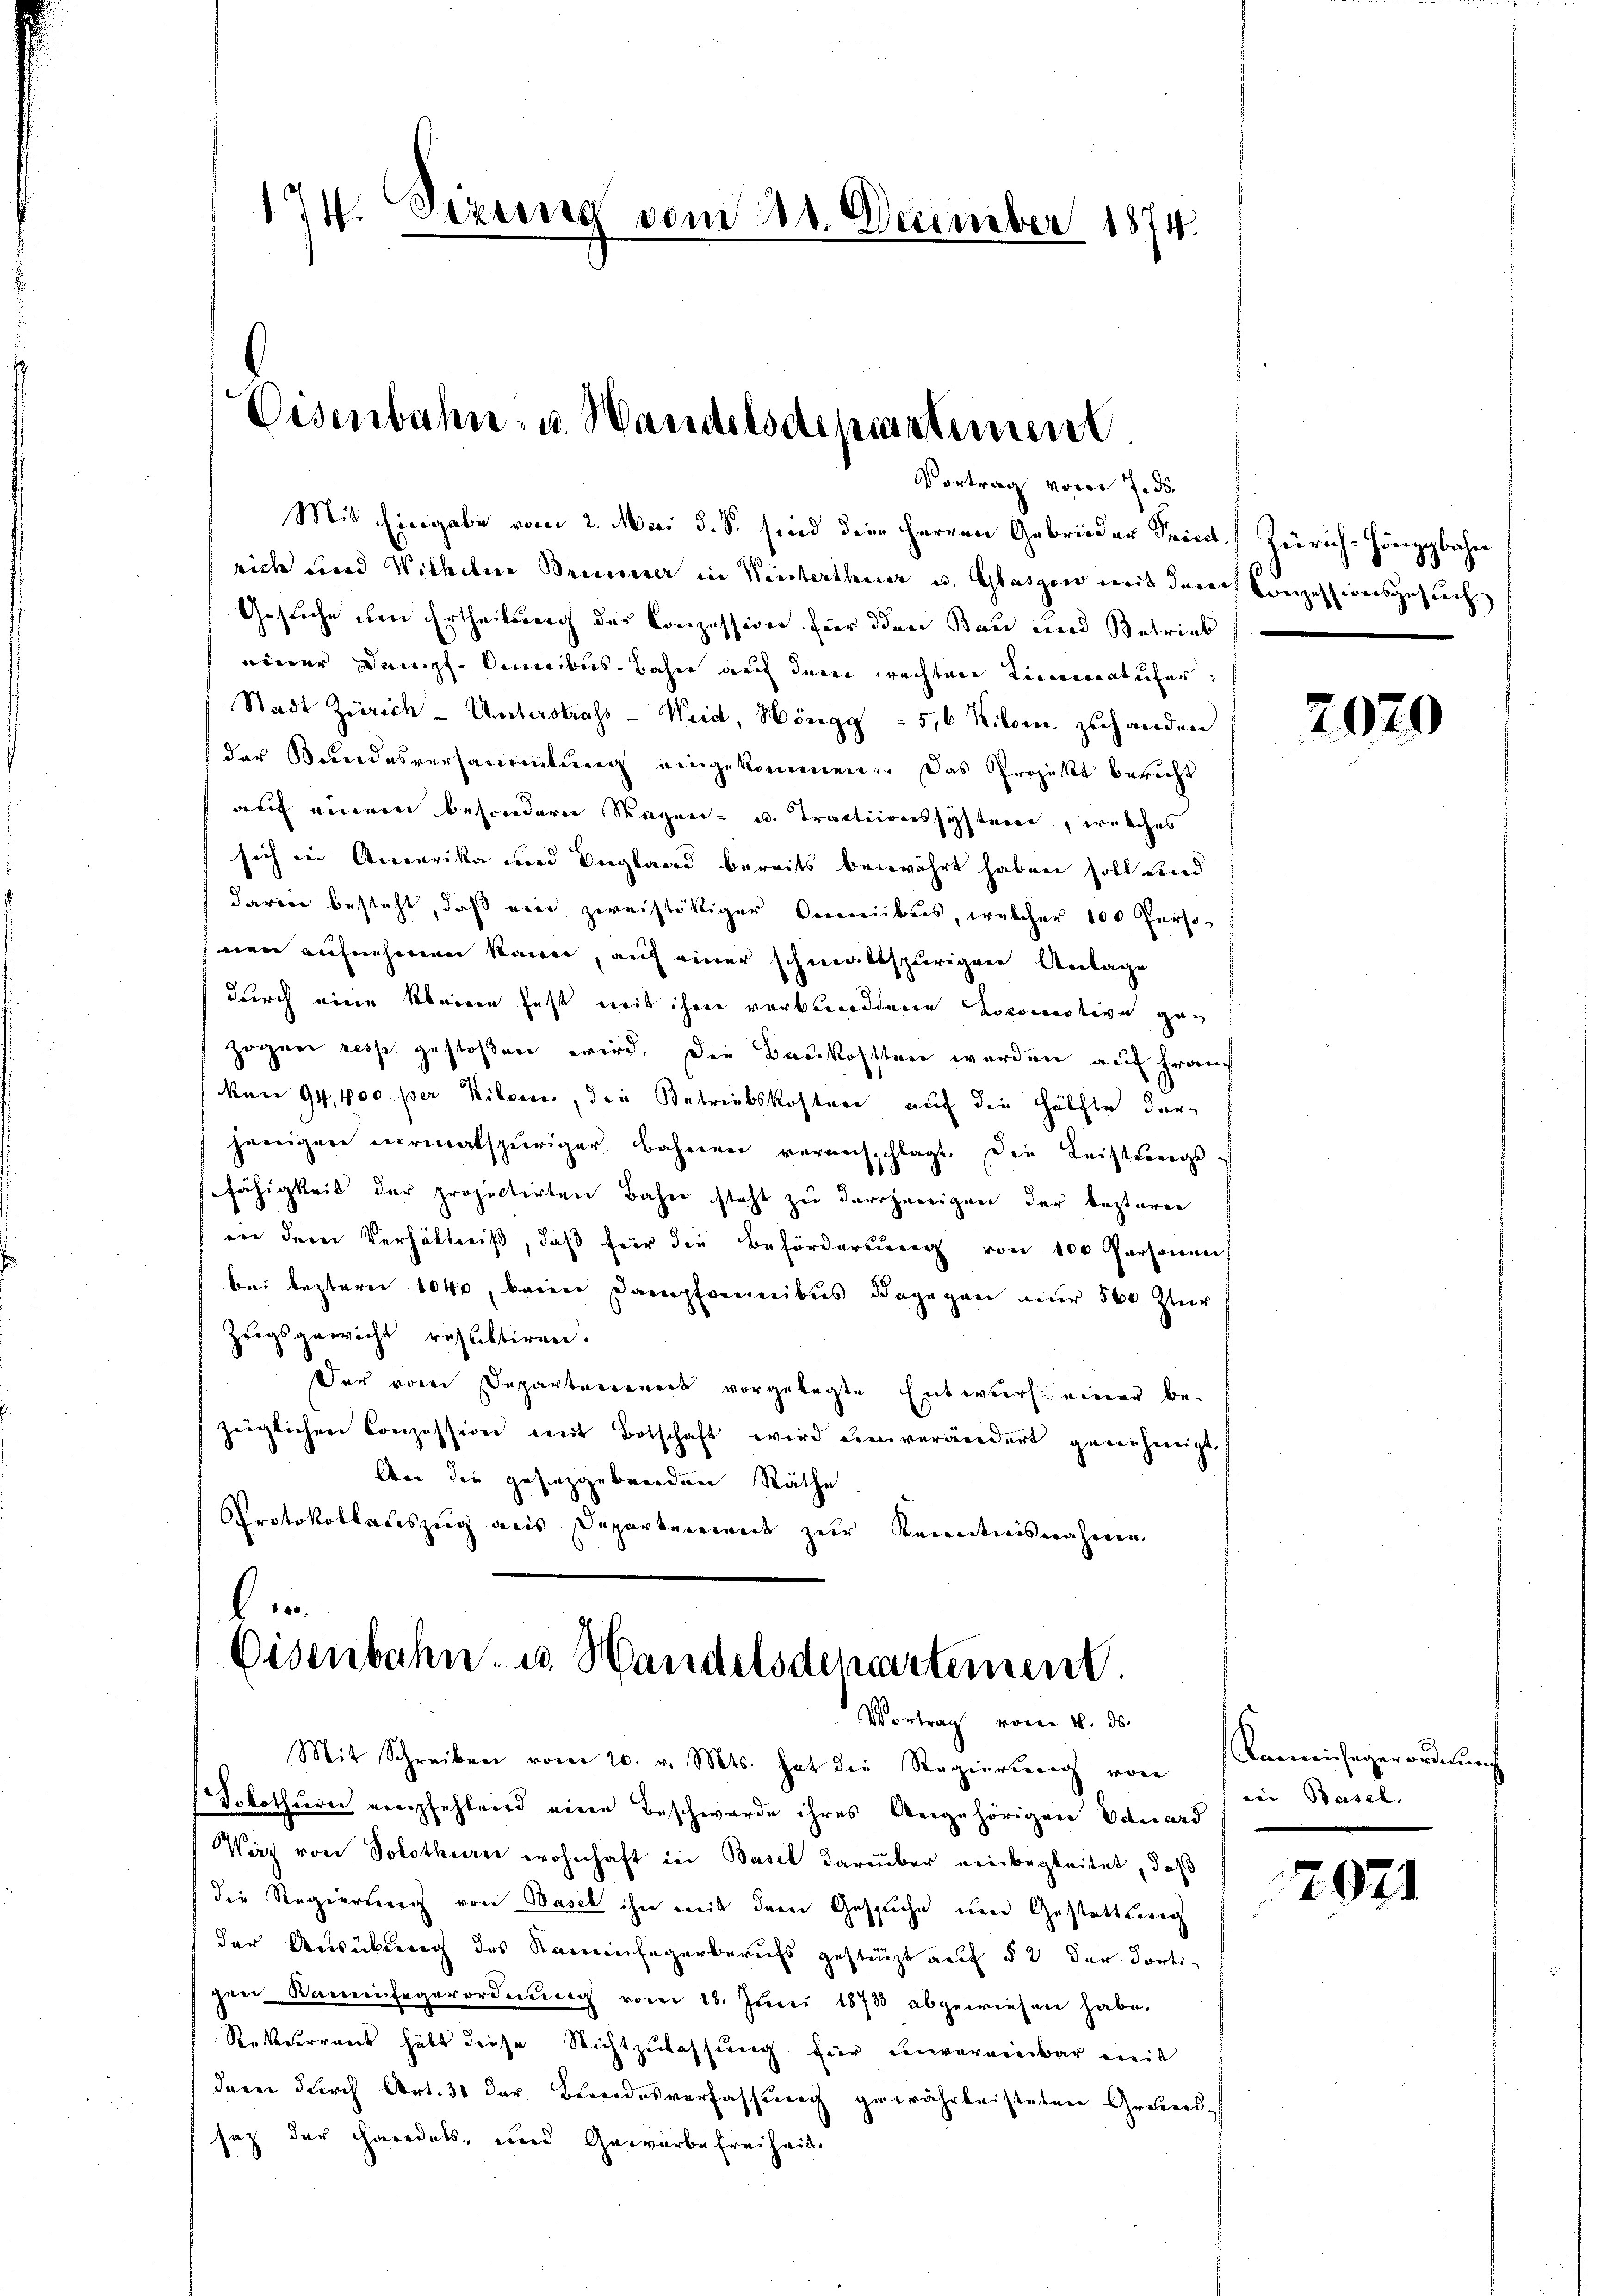
174. Sitzung vom 21. December 1874.

Eisenbahn- u. Wandelsdepartemen

Vortrag vom 7. ds.
Mit Eingabe vom 2. Mai d. S. sind die Herren Gebrieder Priest. Zürich-Hönigbahn
rich und Wilhelm Brunerer in Weistertheier u. Glasgon mit darauf Conzessionsgesuch
Gesuche den Ertheilsweg der Conzession für den Bau und Betrieb
einer Dampf. Omnibus Bahn auf dem rechten Limmatufer.
Stadt Zürich-Unterstrafs-Weid, Höngg 5,6 Kilom zuhanden
der Bundesversammlung eingekommen. Das Projekt bericht
auf einem besondern Wagen- u. Tractionssystemen, welches
sich in Amerika und Vergland bereits bewährt haben soll und
darin besteht, daß ein zweiftöckiger Vermiibus, welcher 100 Perso-
nen aufnehmen kann, auf einer schmaltspurigen Anlage
durch eine kleinen fast mit ihme verbrandienen Lokomotive gan
zogen resp. gestoßen wird. Die Baukosten werden auf Frauch
Man 94,400 per Kilom, den Betriebskosten auf die Hälfte der
jenigen vormalspuriger Bahnen veransschlagt. Die Leistŭngs-
fähigkeit der projectirten Bahn steht zu derjenigen der besterer
an dem Verhältniß, daβ für die Beförderŭng von 100 Personen
bei besteren 1040, beim Dampfennibus dagegen nur 560. Zur
Zeigsgewicht resultiren.
Der von Departenwerb vorgelegte Entwurf einer bezüglichen Conzession mit Botschaft wird einverändert genehmigt.
An die gesetzgebenden Räthe
Protokollauszug aus Departenwert zur Kenntnisnahmen.
in

Eisenbahn u. Handelsdepartement.
Vortrag vom 4. ds.

Mit Schreiben vom 20. v. Mts. hat die Regierung von Kammenhagerordnung
Solothurn empfehlend eine Beschwerde ihres Angehöriger Eduard
Wirz von Solothurer wohnhaft in Basel darüber einbegleitet, daß
die Regierung von Basel ihn mit dem Gesuche und Gestattung
der Ausübung des Kaminfegerberufs gestürzt auf § 2 der dorti-
gen Kaminfegerordnung vom 18. Juni 1873 abgewiesen habe.
Rekurrent habt diese Richtzulassung für unvereinbar mit
der durch Art. 30 der Bundesverfassung gewährleisteten Grund-
saz der Handels, und Gewerbe freiheit

8

2020

von Basel. |

2021